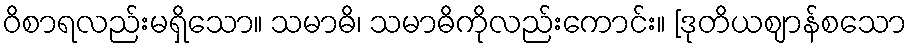
ဝိစာရလည်းမရှိသော။ သမာဓိ၊ သမာဓိကိုလည်းကောင်း။ [ဒုတိယဈာန်စသော